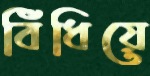
বিঁধিয়ে